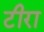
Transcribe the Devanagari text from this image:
टीरा